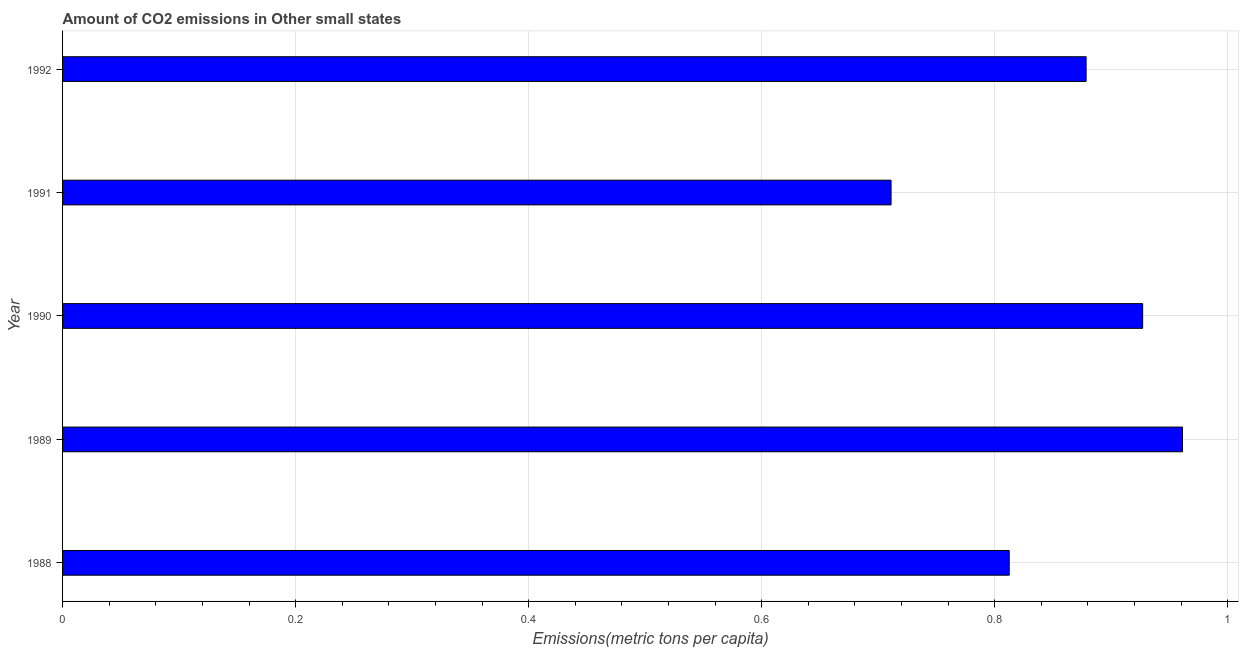
| Year | CO2 emissions |
 | --- | --- |
 | 1988 | 0.812 |
 | 1989 | 0.961 |
 | 1990 | 0.927 |
 | 1991 | 0.711 |
 | 1992 | 0.878 |